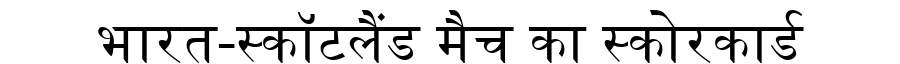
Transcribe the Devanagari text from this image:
भारत-स्कॉटलैंड मैच का स्कोरकार्ड